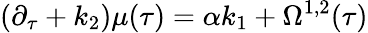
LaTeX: {}(\partial_{\tau}+k_{2})\mu(\tau)=\alpha k_{1}+\Omega^{1,2}(\tau)